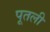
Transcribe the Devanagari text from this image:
पूतली